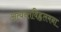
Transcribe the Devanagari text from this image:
अत्यन्तविह्वलमना